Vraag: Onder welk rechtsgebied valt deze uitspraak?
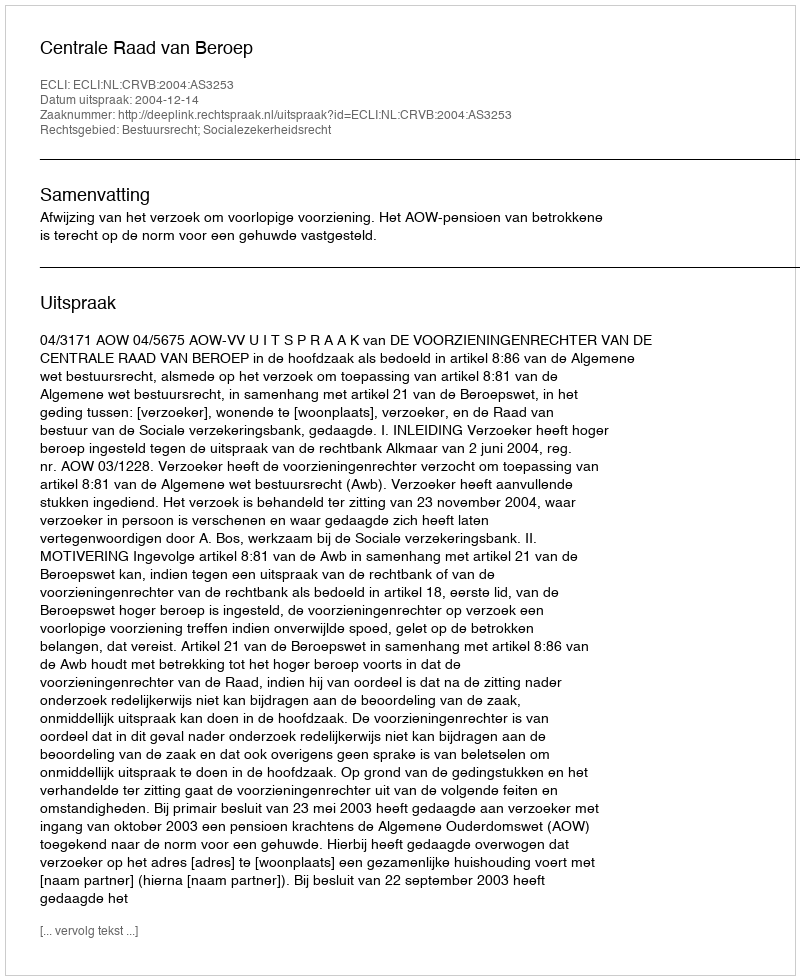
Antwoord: Bestuursrecht; Socialezekerheidsrecht